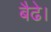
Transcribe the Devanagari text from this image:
बैढे।